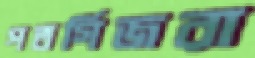
পতর্গিজরা